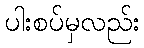
ပါးစပ်မှလည်း